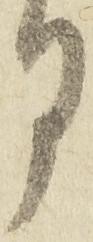
月